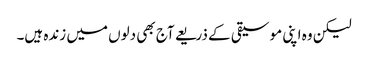
لیکن وہ اپنی موسیقی کے ذریعے آج بھی دلوں میں زندہ ہیں۔